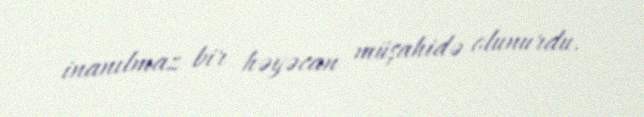
inanılmaz bir həyəcan müşahidə olunurdu.